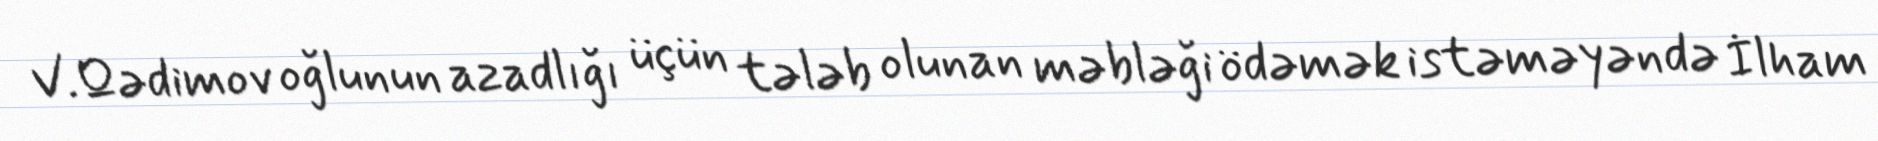
V.Qədimov oğlunun azadlığı üçün tələb olunan məbləği ödəmək istəməyəndə İlham